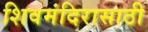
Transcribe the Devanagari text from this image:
शिवमंदिरासाठी